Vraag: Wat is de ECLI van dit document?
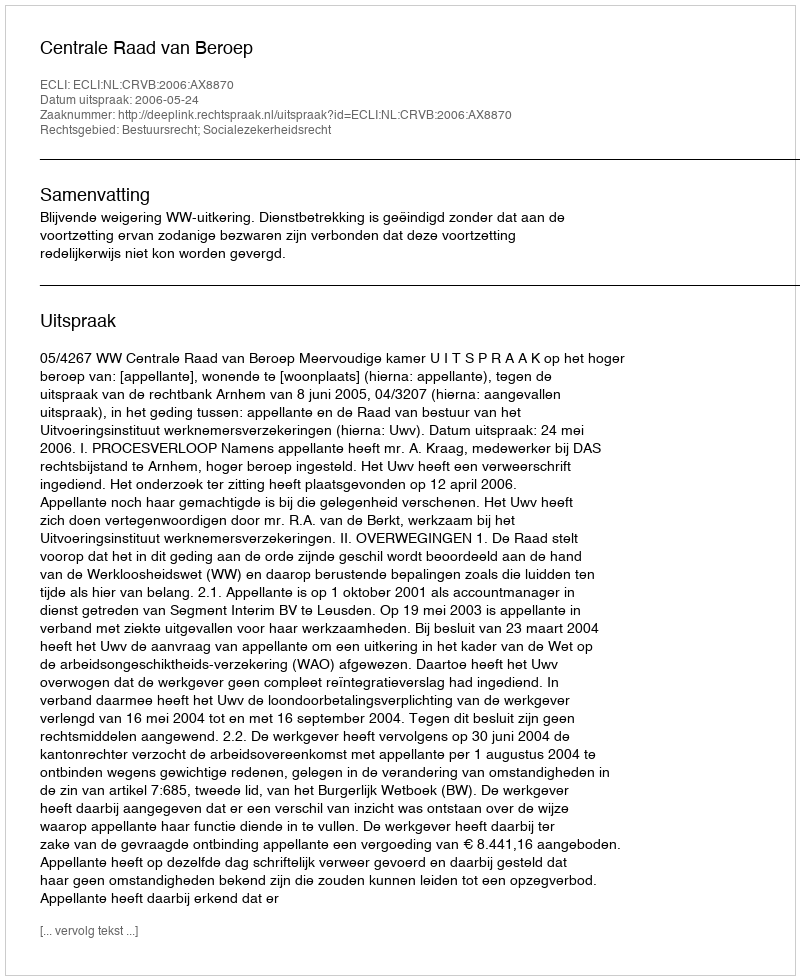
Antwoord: ECLI:NL:CRVB:2006:AX8870